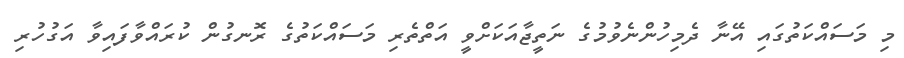
މި މަސައްކަތުގައި އޭނާ ދެމިހުންނެވުމުގެ ނަތީޖާއަކަށްވީ އަތްތެރި މަސައްކަތުގެ ރޮނގުން ކުރައްވާފައިވާ އަގުހުރި